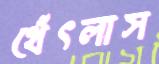
থেঁৎলাস